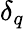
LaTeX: \delta_{q}